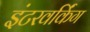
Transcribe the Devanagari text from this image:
इंटरवर्किंग